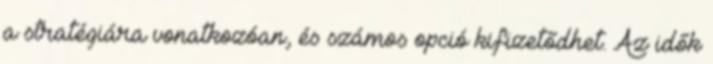
a stratégiára vonatkozóan, és számos opció kifizetődhet. Az idők